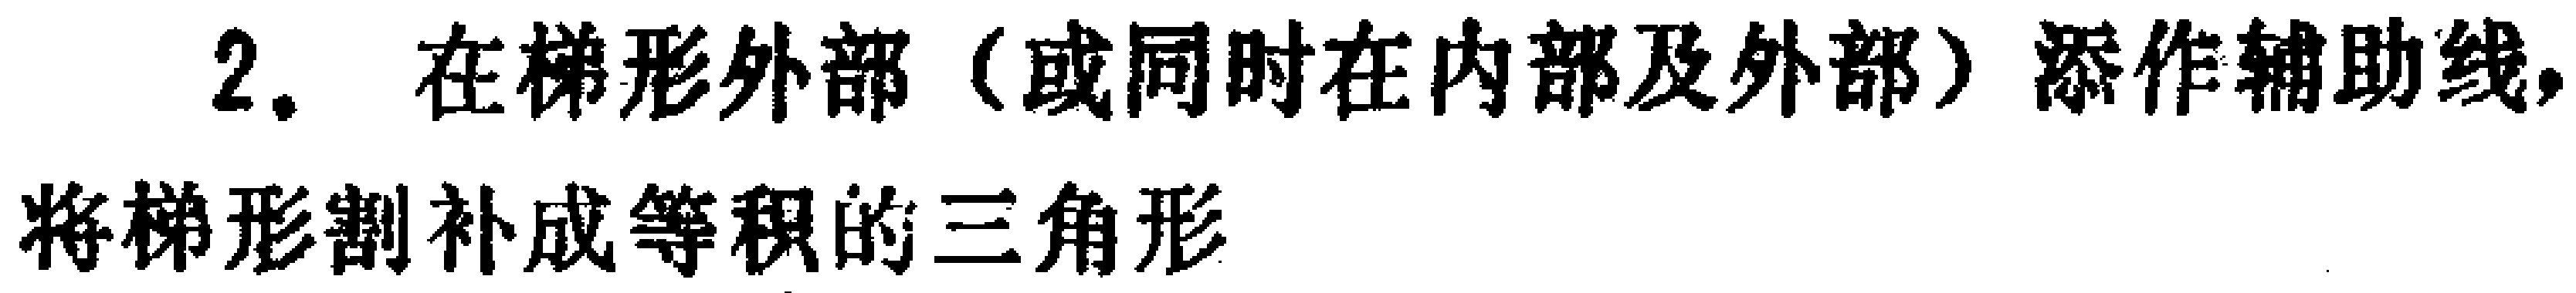
2. 在梯形外部（或同时在内部及外部）添作辅助线，将梯形割补成等积的三角形